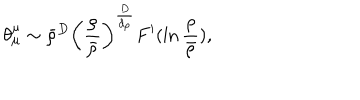
\theta _ { \mu } ^ { \mu } \sim \bar { \rho } ^ { D } \left( \frac { \rho } { \bar { \rho } } \right) ^ { \frac { D } { d _ { \rho } } } F ^ { \prime } ( \ln \frac { \rho } { \bar { \rho } } ) ,